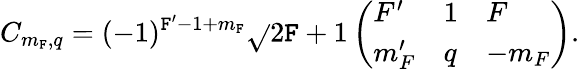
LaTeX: C_{m_{\mathtt{F}},q}=(-1)^{\mathtt{F}^{\prime}-1+m_{\mathtt{F}}}\sqrt{}{{2\mathtt{F}+1}}\left(\begin{array}{lll}{F^{\prime}}&{1}&{F}\\ {m_{F}^{\prime}}&{q}&{-m_{F}}\end{array}\right).